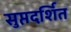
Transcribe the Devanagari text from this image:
सुप्तदर्शित